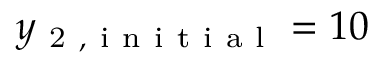
y _ { \mathrm { ~ 2 ~ , ~ i ~ n ~ i ~ t ~ i ~ a ~ l ~ } } = 1 0